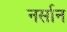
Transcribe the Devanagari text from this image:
नर्सान